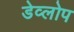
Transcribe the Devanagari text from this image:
डेव्लोप